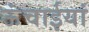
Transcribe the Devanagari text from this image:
ऊंचाईयां